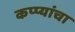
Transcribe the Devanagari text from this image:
कप्प्यांचा